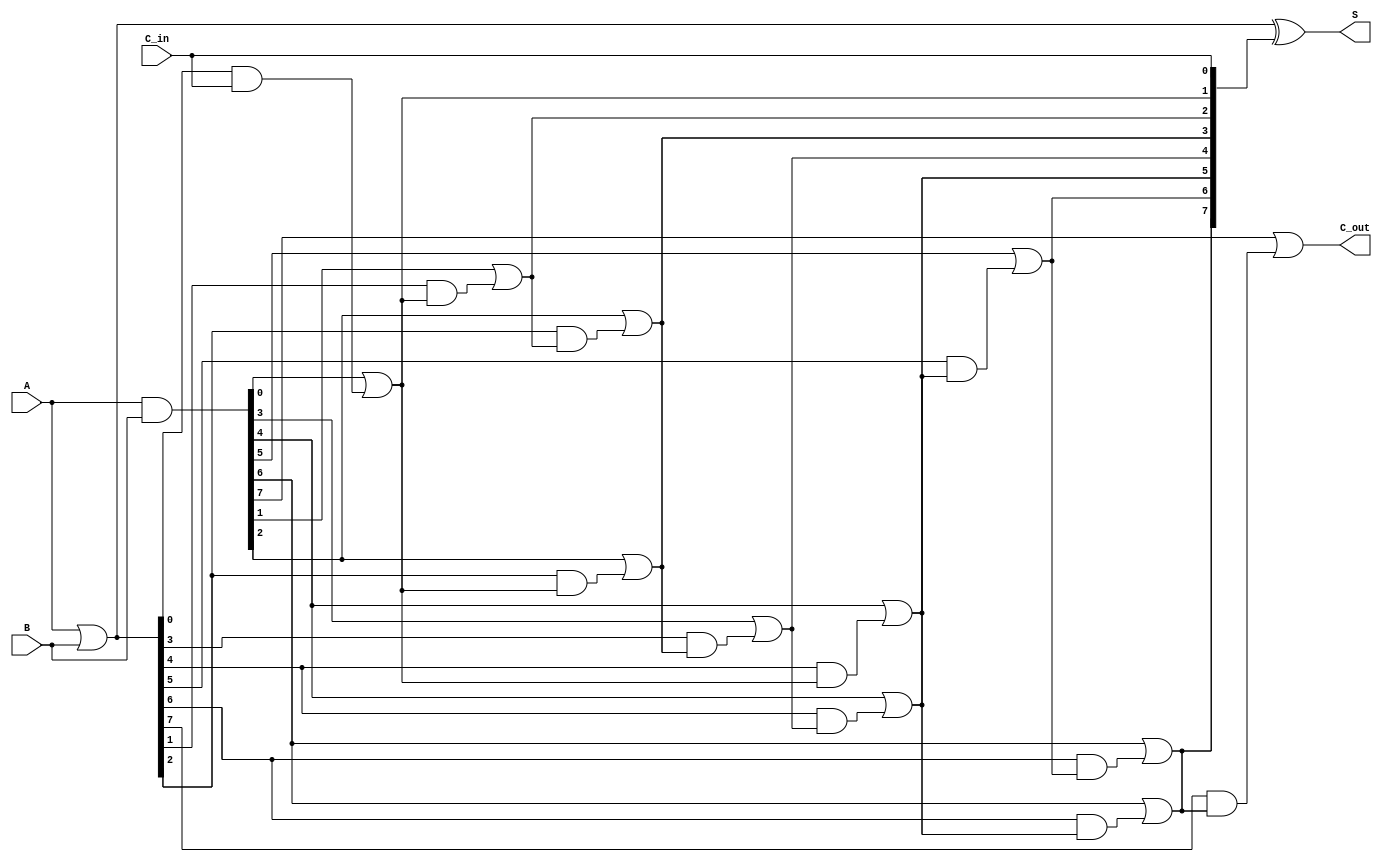
module KoggeStoneAdder #(parameter N = 8) (
    input [N-1:0] A,
    input [N-1:0] B,
    input C_in,
    output [N-1:0] S,
    output C_out
);
    wire [N-1:0] G; // Generate signals
    wire [N-1:0] P; // Propagate signals
    wire [N:0] C;   // Carry signals

    // Generate and Propagate signals
    assign G = A & B;
    assign P = A | B;

    // Carry signals
    assign C[0] = C_in;

    genvar i, j;

    // Carry Generation using Kogge-Stone method
    // Stage 1
    generate
        for (i = 0; i < N; i = i + 1) begin: stage_1
            if (i == 0) begin
                assign C[i + 1] = G[i] | (P[i] & C[0]);
            end else begin
                assign C[i + 1] = G[i] | (P[i] & C[i]);
            end
        end
    endgenerate

    // Additional stages for larger N
    for (j = 1; j < $clog2(N); j = j + 1) begin: stages
        generate
            for (i = 0; i < N; i = i + 2**(j + 1)) begin: carry_stage
                if (i + 2**j < N) begin
                    assign C[i + 2**j + 1] = G[i + 2**j] | (P[i + 2**j] & C[i + 1]);
                end
            end
        endgenerate
    end

    // Final Carry Out
    assign C_out = C[N];

    // Sum calculation
    assign S = P ^ C[N-1:0];

endmodule